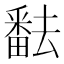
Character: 𤳖